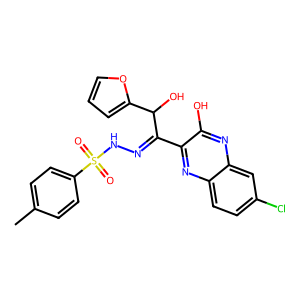
SMILES: Cc1ccc(S(=O)(=O)NN=C(c2nc3ccc(Cl)cc3nc2O)C(O)c2ccco2)cc1
Inhibits HIV replication: No